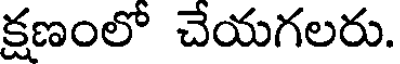
క్షణంలో చేయగలరు.